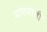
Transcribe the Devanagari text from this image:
मांगमोती